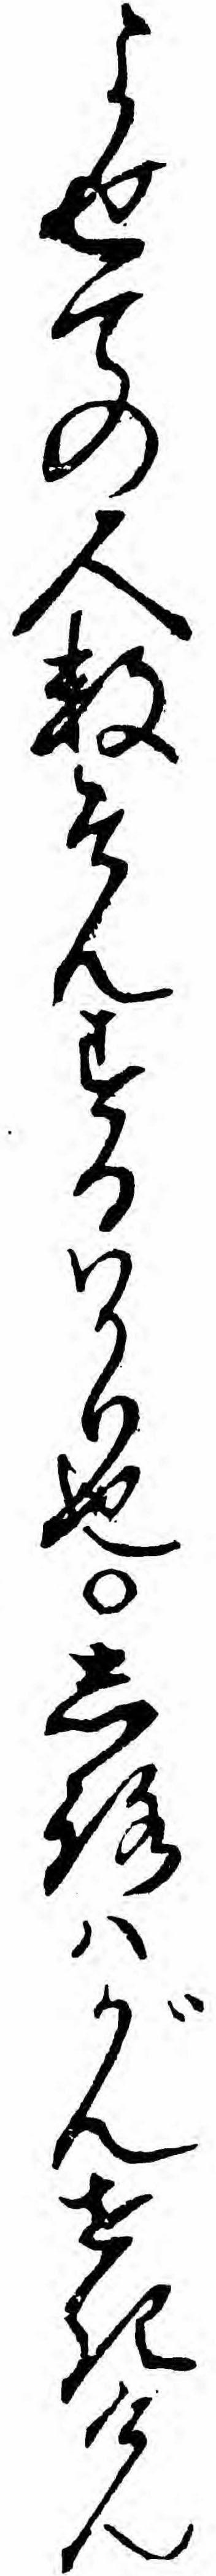
よせての人数そんするハかり也しろハがんせきけん